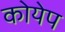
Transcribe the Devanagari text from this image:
कोयेप